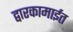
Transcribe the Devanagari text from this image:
द्वारकामाईत